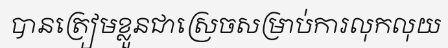
បានត្រៀមខ្លួនជាស្រេចសម្រាប់ការលុកលុយ